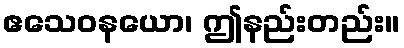
ဧသေဝနယော၊ ဤနည်းတည်း။